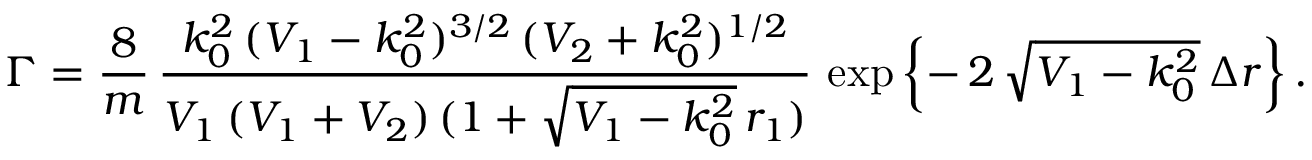
\Gamma = \frac { 8 } { m } \, \frac { k _ { 0 } ^ { 2 } \, ( V _ { 1 } - k _ { 0 } ^ { 2 } ) ^ { 3 / 2 } \, ( V _ { 2 } + k _ { 0 } ^ { 2 } ) ^ { 1 / 2 } } { V _ { 1 } \, ( V _ { 1 } + V _ { 2 } ) \, ( 1 + \sqrt { V _ { 1 } - k _ { 0 } ^ { 2 } } \, r _ { 1 } ) } \, \exp \left\{ - \, 2 \, \sqrt { V _ { 1 } - k _ { 0 } ^ { 2 } } \, \Delta r \right\} .